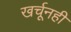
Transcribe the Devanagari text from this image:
खर्चूनही